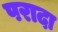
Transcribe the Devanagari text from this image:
परादा